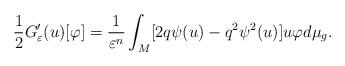
LaTeX: \begin{align*}\frac{1}{2}G_{\varepsilon}'(u)[\varphi]=\frac{1}{\varepsilon^{n}}\int_{M}[2q\psi(u)-q^{2}\psi^{2}(u)]u\varphi d\mu_{g}.\end{align*}